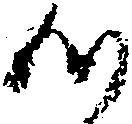
つ